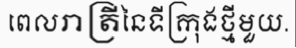
ពេលរាត្រីនៃទីក្រុងថ្មីមួយ.